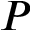
P